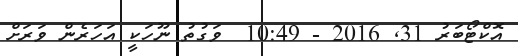
އޮކްޓޯބަރު 31